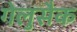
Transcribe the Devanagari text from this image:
गेलुसैक